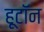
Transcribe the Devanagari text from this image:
हूटॉन